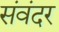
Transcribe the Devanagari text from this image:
संवंदर